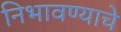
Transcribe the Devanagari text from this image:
निभावण्याचे